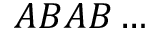
A B A B \ldots